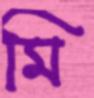
মি